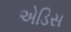
એડિસ